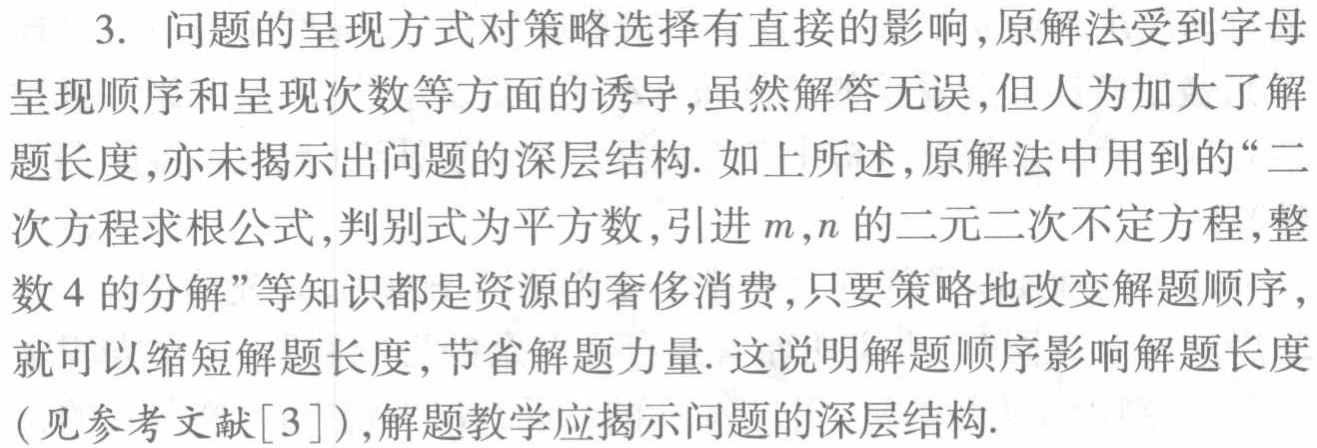
3. 问题的呈现方式对策略选择有直接的影响,原解法受到字母呈现顺序和呈现次数等方面的诱导,虽然解答无误,但人为加大了解题长度,亦未揭示出问题的深层结构. 如上所述,原解法中用到的“二次方程求根公式,判别式为平方数,引进\(m,n\)的二元二次不定方程,整数\(4\)的分解”等知识都是资源的奢侈消费,只要策略地改变解题顺序,就可以缩短解题长度,节省解题力量. 这说明解题顺序影响解题长度(见参考文献[3]),解题教学应揭示问题的深层结构.